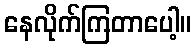
နေလိုက်ကြတာပေါ့။